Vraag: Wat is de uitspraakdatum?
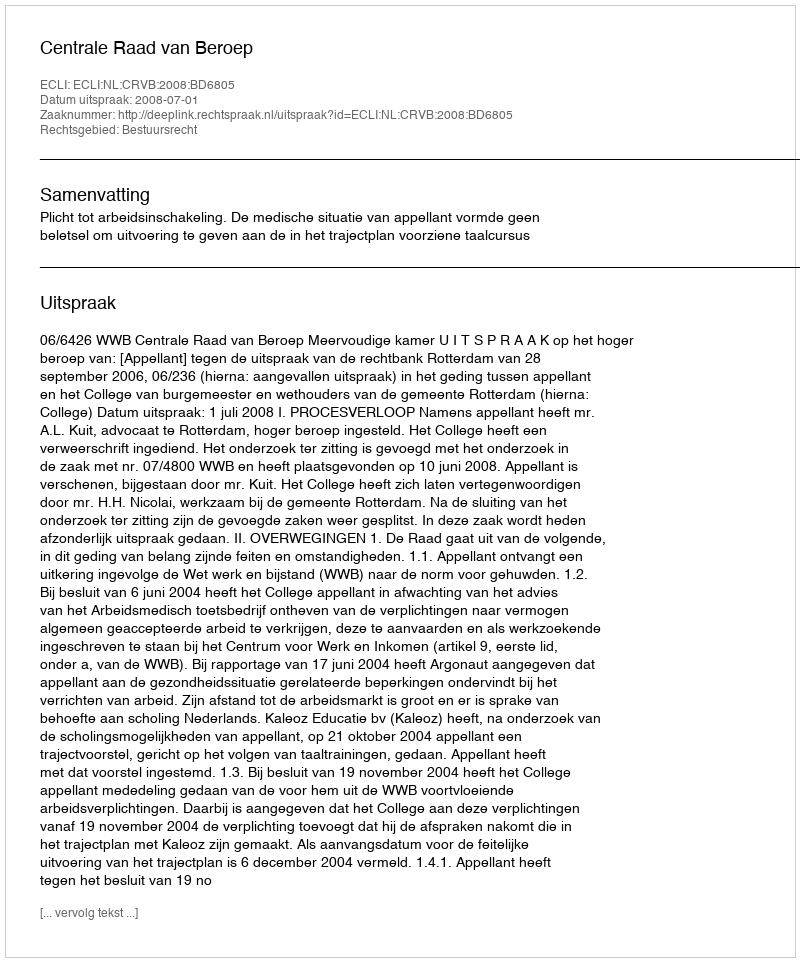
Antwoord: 2008-07-01